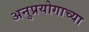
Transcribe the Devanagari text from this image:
अनुप्रयोगाच्या